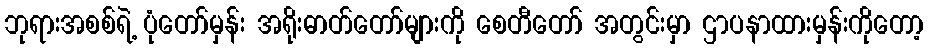
ဘုရားအစစ်ရဲ့ ပုံတော်မှန်း အရိုးဓာတ်တော်များကို စေတီတော် အတွင်းမှာ ဌာပနာထားမှန်းကိုတော့